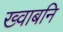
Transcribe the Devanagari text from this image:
ख्वाबनि